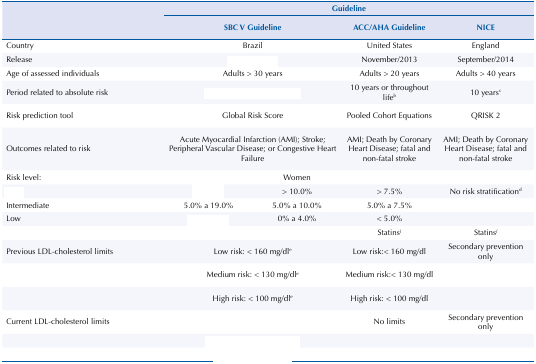
<table><thead><tr><td rowspan="3">[EMPTY_CELL]</td><td colspan="4"><b>Guideline</b></td></tr><tr><td colspan="2"><b>SBC V Guideline</b></td><td><b>ACC/AHA Guideline</b></td><td><b>NICE</b></td></tr></thead><tbody><tr><td>Country</td><td colspan="2">Brazil</td><td>United States</td><td>England</td></tr><tr><td>Release</td><td colspan="2">[EMPTY_CELL]</td><td>November/2013</td><td>September/2014</td></tr><tr><td>Age of assessed individuals</td><td colspan="2">Adults &gt; 30 years</td><td>Adults &gt; 20 years</td><td>Adults &gt; 40 years</td></tr><tr><td>Period related to absolute risk</td><td colspan="2">[EMPTY_CELL]</td><td>10 years or throughout life<sup>b</sup></td><td>10 years<sup>c</sup></td></tr><tr><td>Risk prediction tool</td><td colspan="2">Global Risk Score</td><td>Pooled Cohort Equations</td><td>QRISK 2</td></tr><tr><td>Outcomes related to risk</td><td colspan="2">Acute Myocardial Infarction (AMI); Stroke; Peripheral Vascular Disease; or Congestive Heart Failure</td><td>AMI; Death by Coronary Heart Disease; fatal and non-fatal stroke</td><td>AMI; Death by Coronary Heart Disease; fatal and non-fatal stroke</td></tr><tr><td>Risk level:</td><td>[EMPTY_CELL]</td><td>Women</td><td>[EMPTY_CELL]</td><td>[EMPTY_CELL]</td></tr><tr><td>[EMPTY_CELL]</td><td>[EMPTY_CELL]</td><td>&gt; 10.0%</td><td>&gt; 7.5%</td><td>No risk stratification<sup>d</sup></td></tr><tr><td>Intermediate</td><td>5.0% a 19.0%</td><td>5.0% a 10.0%</td><td>5.0% a 7.5%</td><td>[EMPTY_CELL]</td></tr><tr><td>Low</td><td>[EMPTY_CELL]</td><td>0% a 4.0%</td><td>&lt; 5.0%</td><td>[EMPTY_CELL]</td></tr><tr><td>[EMPTY_CELL]</td><td colspan="2">[EMPTY_CELL]</td><td>Statins<sup>f</sup></td><td>Statins<sup>f</sup></td></tr><tr><td>Previous LDL-cholesterol limits</td><td colspan="2">Low risk: &lt; 160 mg/dl<sup>e</sup></td><td>Low risk:&lt; 160 mg/dl</td><td>Secondary prevention only</td></tr><tr><td>[EMPTY_CELL]</td><td colspan="2">Medium risk: &lt; 130 mg/dl<sup>e</sup></td><td>Medium risk:&lt; 130 mg/dl</td><td>[EMPTY_CELL]</td></tr><tr><td>[EMPTY_CELL]</td><td colspan="2">High risk: &lt; 100 mg/dl<sup>e</sup></td><td>High risk: &lt; 100 mg/dl</td><td>[EMPTY_CELL]</td></tr><tr><td>Current LDL-cholesterol limits</td><td colspan="2">[EMPTY_CELL]</td><td>No limits</td><td>Secondary prevention only</td></tr><tr><td>[EMPTY_CELL]</td><td colspan="2">[EMPTY_CELL]</td><td>[EMPTY_CELL]</td><td>[EMPTY_CELL]</td></tr><tr><td>[EMPTY_CELL]</td><td colspan="2">[EMPTY_CELL]</td><td>[EMPTY_CELL]</td><td>[EMPTY_CELL]</td></tr></tbody></table>